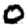
Digit: 0